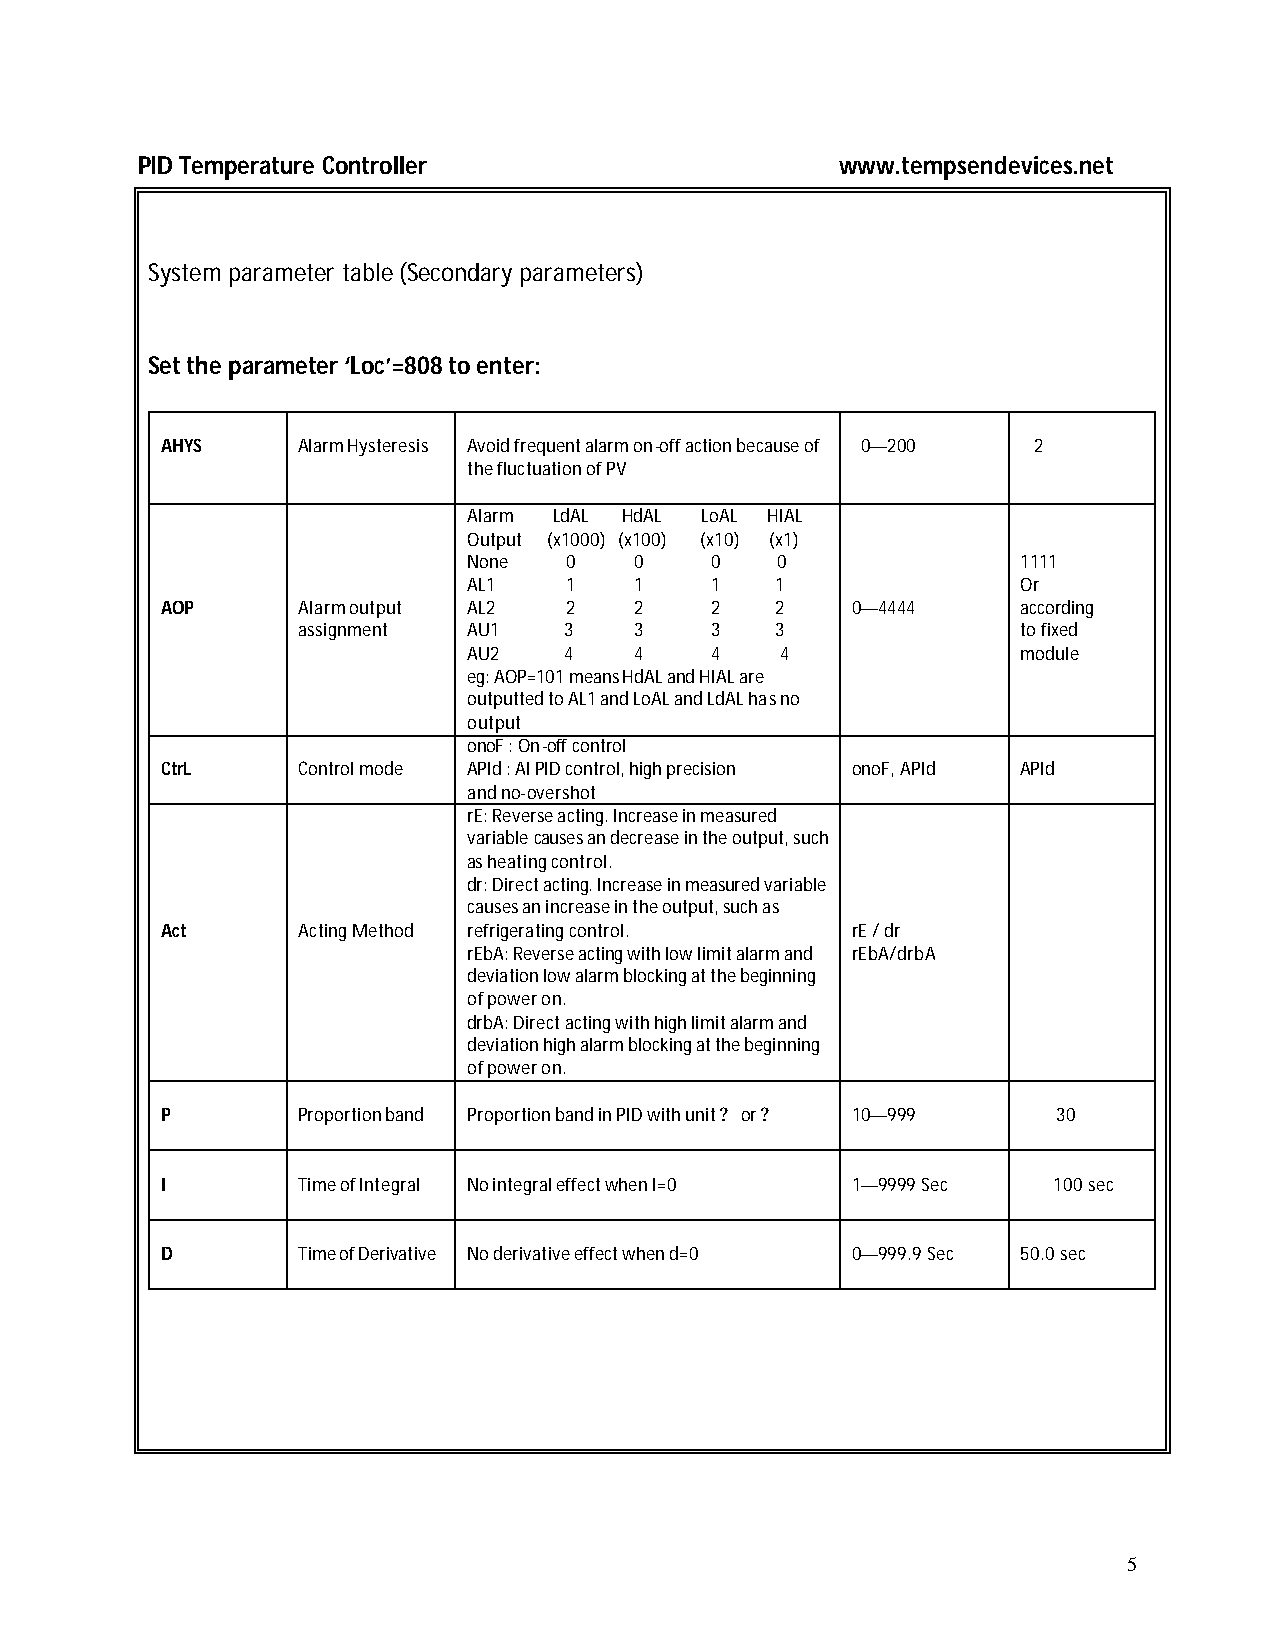
PID Temperature Controller                     www.tempsendevices.net
 System parameter table (Secondary parameters)
 Set the parameter ‘Loc’=808 to enter:
 AHYS     Alarm Hysteresis Avoid frequent alarm on-off action because of 0—200 2
 the fluctuation of PV
 Alarm LdAL HdAL LoAL HIAL
 Output (x1000) (x100) (x10) (x1)
 None  0    0    0   0                1111
 AL1   1    1    1   1                Or
 AOP      Alarm output AL2 2    2    2   2    0—4444      according
 assignment AU1   3    3    3   3                to fixed
 AU2   4    4    4    4               module
 eg: AOP=101 means HdAL and HIAL are
 outputted to AL1 and LoAL and LdAL has no
 output
 onoF : On-off control
 CtrL     Control mode APId : AI PID control, high precision onoF, APId APId
 and no-overshot
 rE: Reverse acting. Increase in measured
 variable causes an decrease in the output, such
 as heating control.
 dr: Direct acting. Increase in measured variable
 causes an increase in the output, such as
 Act      Acting Method refrigerating control. rE / dr
 rEbA: Reverse acting with low limit alarm and rEbA/drbA
 deviation low alarm blocking at the beginning
 of power on.
 drbA: Direct acting with high limit alarm and
 deviation high alarm blocking at the beginning
 of power on.
 P        Proportion band Proportion band in PID with unit or 10—999 30
 ? ?
 I        Time of Integral No integral effect when I=0 1—9999 Sec 100 sec
 D        Time of Derivative No derivative effect when d=0 0—999.9 Sec 50.0 sec
 5